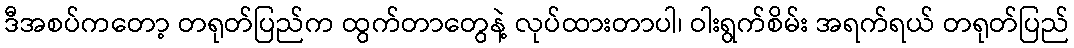
ဒီအစပ်ကတော့ တရုတ်ပြည်က ထွက်တာတွေနဲ့ လုပ်ထားတာပါ၊ ဝါးရွက်စိမ်း အရက်ရယ် တရုတ်ပြည်